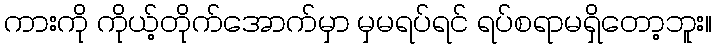
ကားကို ကိုယ့်တိုက်အောက်မှာ မှမရပ်ရင် ရပ်စရာမရှိတော့ဘူး။